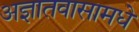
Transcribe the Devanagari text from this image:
अज्ञातवासामधे